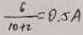
\frac { 6 } { 1 0 + 2 } = 0 . 5 A